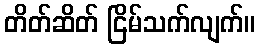
တိတ်ဆိတ် ငြိမ်သက်လျက်။